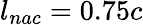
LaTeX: {l_{nac}=0.75c}